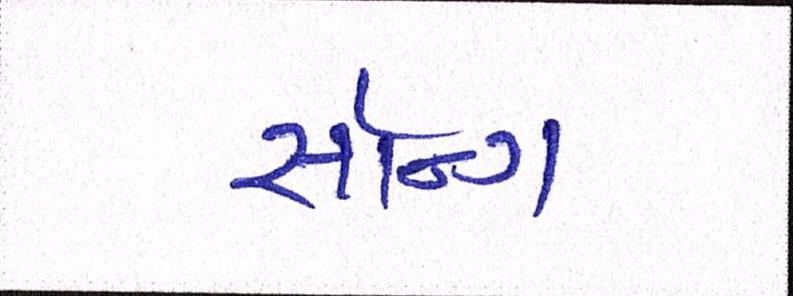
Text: સૉન્ગ